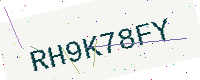
Text: RH9K78FY